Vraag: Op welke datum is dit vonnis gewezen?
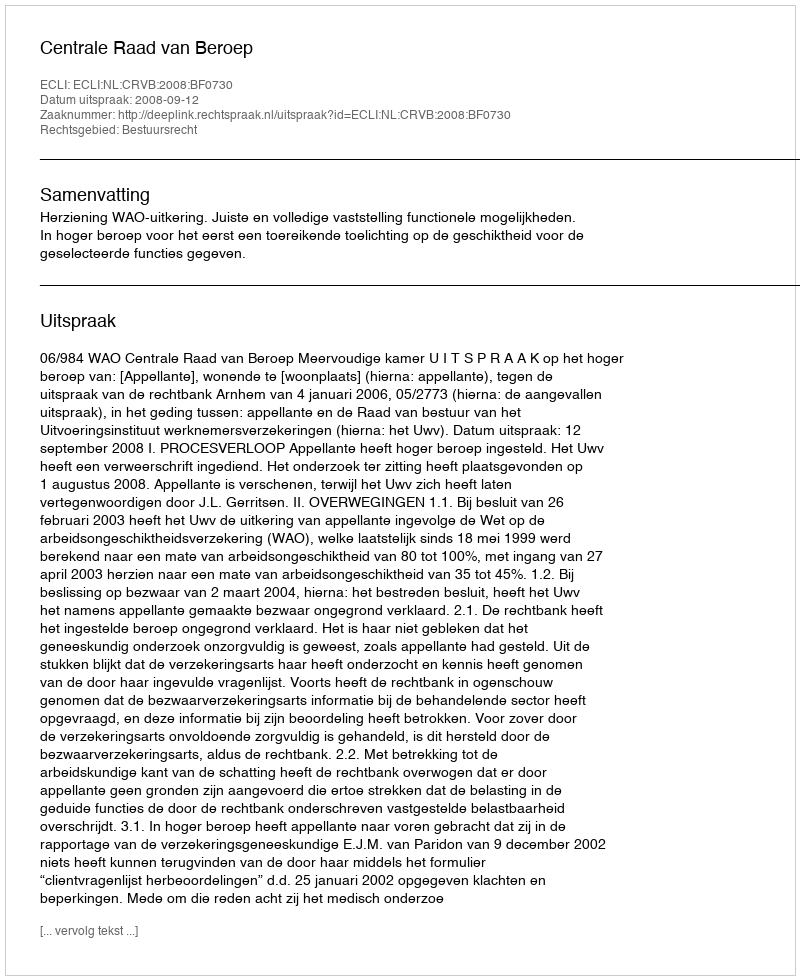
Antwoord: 2008-09-12